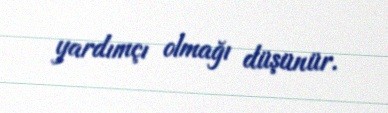
yardımçı olmağı düşünür.